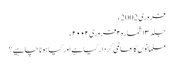
فروری 2002ء
جلد ۱۳ شمارہ۲ فروری ۲۰۰۲ء
مسلمانوں کا عالمی کردار کیا ہے اور کیا ہونا چاہیے؟